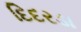
દિદરડા